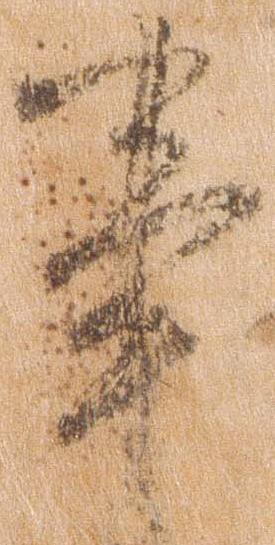
事